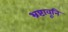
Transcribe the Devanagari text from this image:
भ्रष्टावूनि